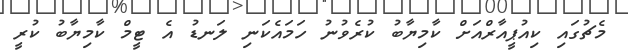
މެޗުގައި ކިއުޕީއާރްއަށް ކާމިޔާބު ކުރެވުނު ހަމައެކަނި ލަނޑު އެ ޓީމް ކާމިޔާބު ކުރީ